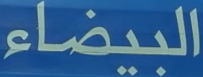
البيضاء